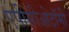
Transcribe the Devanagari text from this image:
एपीसीओटॉमी